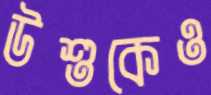
উশুকেও